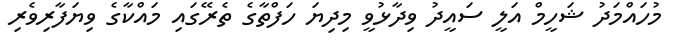
މުހައްމަދު ޝަހީމް އަލީ ސައީދު ވިދާޅުވީ މިދިޔަ ހަފްތާގެ ތެރޭގައި މައްކާގެ ވިޔަފާރިވެރި